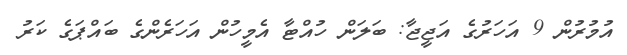
އުމުރުން 9 އަހަރުގެ އަޖީޖާ: ބަލަން ހުއްޓާ އެމީހުން އަހަރެންގެ ބައްޕަގެ ކަރު